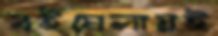
বইমেলায়ই